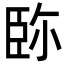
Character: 䑐